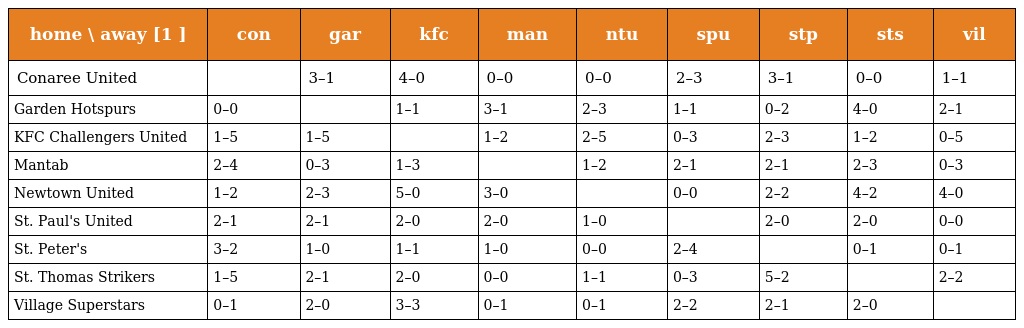
| home \ away [1 ] | con | gar | kfc | man | ntu | spu | stp | sts | vil |
 | --- | --- | --- | --- | --- | --- | --- | --- | --- | --- |
 | Conaree United |  | 3–1 | 4–0 | 0–0 | 0–0 | 2–3 | 3–1 | 0–0 | 1–1 |
 | Garden Hotspurs | 0–0 |  | 1–1 | 3–1 | 2–3 | 1–1 | 0–2 | 4–0 | 2–1 |
 | KFC Challengers United | 1–5 | 1–5 |  | 1–2 | 2–5 | 0–3 | 2–3 | 1–2 | 0–5 |
 | Mantab | 2–4 | 0–3 | 1–3 |  | 1–2 | 2–1 | 2–1 | 2–3 | 0–3 |
 | Newtown United | 1–2 | 2–3 | 5–0 | 3–0 |  | 0–0 | 2–2 | 4–2 | 4–0 |
 | St. Paul's United | 2–1 | 2–1 | 2–0 | 2–0 | 1–0 |  | 2–0 | 2–0 | 0–0 |
 | St. Peter's | 3–2 | 1–0 | 1–1 | 1–0 | 0–0 | 2–4 |  | 0–1 | 0–1 |
 | St. Thomas Strikers | 1–5 | 2–1 | 2–0 | 0–0 | 1–1 | 0–3 | 5–2 |  | 2–2 |
 | Village Superstars | 0–1 | 2–0 | 3–3 | 0–1 | 0–1 | 2–2 | 2–1 | 2–0 |  |